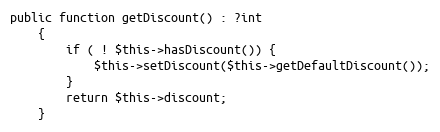
Language: PHP
public function getDiscount() : ?int
    {
        if ( ! $this->hasDiscount()) {
            $this->setDiscount($this->getDefaultDiscount());
        }
        return $this->discount;
    }